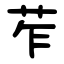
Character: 苲